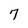
Character: 7